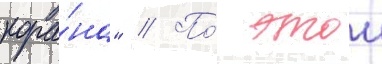
кора́на" // По́ этои